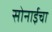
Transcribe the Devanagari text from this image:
सोनाईचा